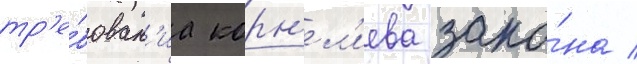
тр'е́бован'иа корн'ел'иева зако́на /